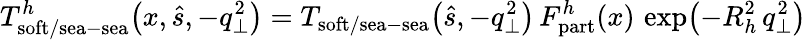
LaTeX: T_{\mathrm{soft}/\mathrm{sea}-\mathrm{sea}}^{h}\! \left(x,\hat{s},-q_{\perp}^{2}\right)=T_{\mathrm{soft}/\mathrm{sea}-\mathrm{sea}}\! \left(\hat{s},-q_{\perp}^{2}\right)\, F_{\mathrm{part}}^{h}(x)\, \exp\! \left(-R_{h}^{2}\, q_{\perp}^{2}\right)